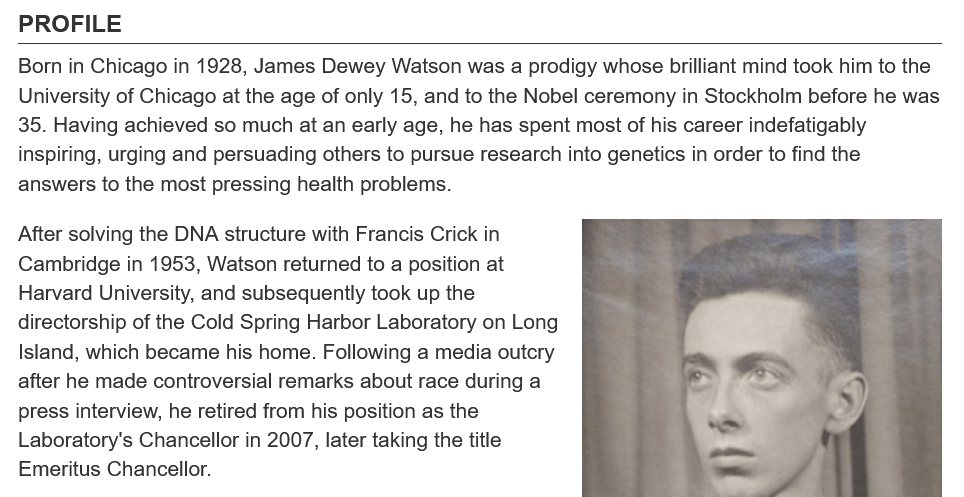
PROFILE
  Born in Chicago in 1928, James Dewey Watson was a prodigy whose brilliant mind took him to the
  University of Chicago at the age of only 15, and to the Nobel ceremony in Stockholm before he was
  35. Having achieved so much at an early age, he has spent most of his career indefatigably
  inspiring, urging and persuading others to pursue research into genetics in order to find the
  answers to the most pressing health problems.
  After solving the DNA structure with Francis Crick in
  Cambridge  in 1953, Watson returned to a position at
  Harvard University, and subsequently took up the
  directorship of the Cold Spring Harbor Laboratory on Long
  Island, which became his home. Following a media outcry
  after he made controversial remarks about race during a
  press interview, he retired from his position as the
  Laboratory's Chancellor in 2007, later taking the title
  Emeritus Chancellor.